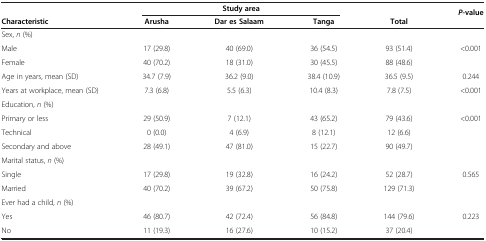
<table><thead><tr><td><b> </b></td><td colspan="3"><b>Study area</b></td><td><b> </b></td><td><b><i>P</i>-value</b></td></tr><tr><td><b>Characteristic</b></td><td><b>Arusha</b></td><td><b>Dar es Salaam</b></td><td><b>Tanga</b></td><td><b>Total</b></td><td><b> </b></td></tr></thead><tbody><tr><td>Sex, <i>n</i> (%)</td><td> </td><td> </td><td> </td><td> </td><td> </td></tr><tr><td>Male</td><td>17 (29.8)</td><td>40 (69.0)</td><td>36 (54.5)</td><td>93 (51.4)</td><td>&lt;0.001</td></tr><tr><td>Female</td><td>40 (70.2)</td><td>18 (31.0)</td><td>30 (45.5)</td><td>88 (48.6)</td><td> </td></tr><tr><td>Age in years, mean (SD)</td><td>34.7 (7.9)</td><td>36.2 (9.0)</td><td>38.4 (10.9)</td><td>36.5 (9.5)</td><td>0.244</td></tr><tr><td>Years at workplace, mean (SD)</td><td>7.3 (6.8)</td><td>5.5 (6.3)</td><td>10.4 (8.3)</td><td>7.8 (7.5)</td><td>&lt;0.001</td></tr><tr><td>Education, <i>n</i> (%)</td><td> </td><td> </td><td> </td><td> </td><td> </td></tr><tr><td>Primary or less</td><td>29 (50.9)</td><td>7 (12.1)</td><td>43 (65.2)</td><td>79 (43.6)</td><td>&lt;0.001</td></tr><tr><td>Technical</td><td>0 (0.0)</td><td>4 (6.9)</td><td>8 (12.1)</td><td>12 (6.6)</td><td> </td></tr><tr><td>Secondary and above</td><td>28 (49.1)</td><td>47 (81.0)</td><td>15 (22.7)</td><td>90 (49.7)</td><td> </td></tr><tr><td>Marital status, <i>n</i> (%)</td><td> </td><td> </td><td> </td><td> </td><td> </td></tr><tr><td>Single</td><td>17 (29.8)</td><td>19 (32.8)</td><td>16 (24.2)</td><td>52 (28.7)</td><td>0.565</td></tr><tr><td>Married</td><td>40 (70.2)</td><td>39 (67.2)</td><td>50 (75.8)</td><td>129 (71.3)</td><td> </td></tr><tr><td>Ever had a child, <i>n</i> (%)</td><td> </td><td> </td><td> </td><td> </td><td> </td></tr><tr><td>Yes</td><td>46 (80.7)</td><td>42 (72.4)</td><td>56 (84.8)</td><td>144 (79.6)</td><td>0.223</td></tr><tr><td>No</td><td>11 (19.3)</td><td>16 (27.6)</td><td>10 (15.2)</td><td>37 (20.4)</td><td> </td></tr></tbody></table>